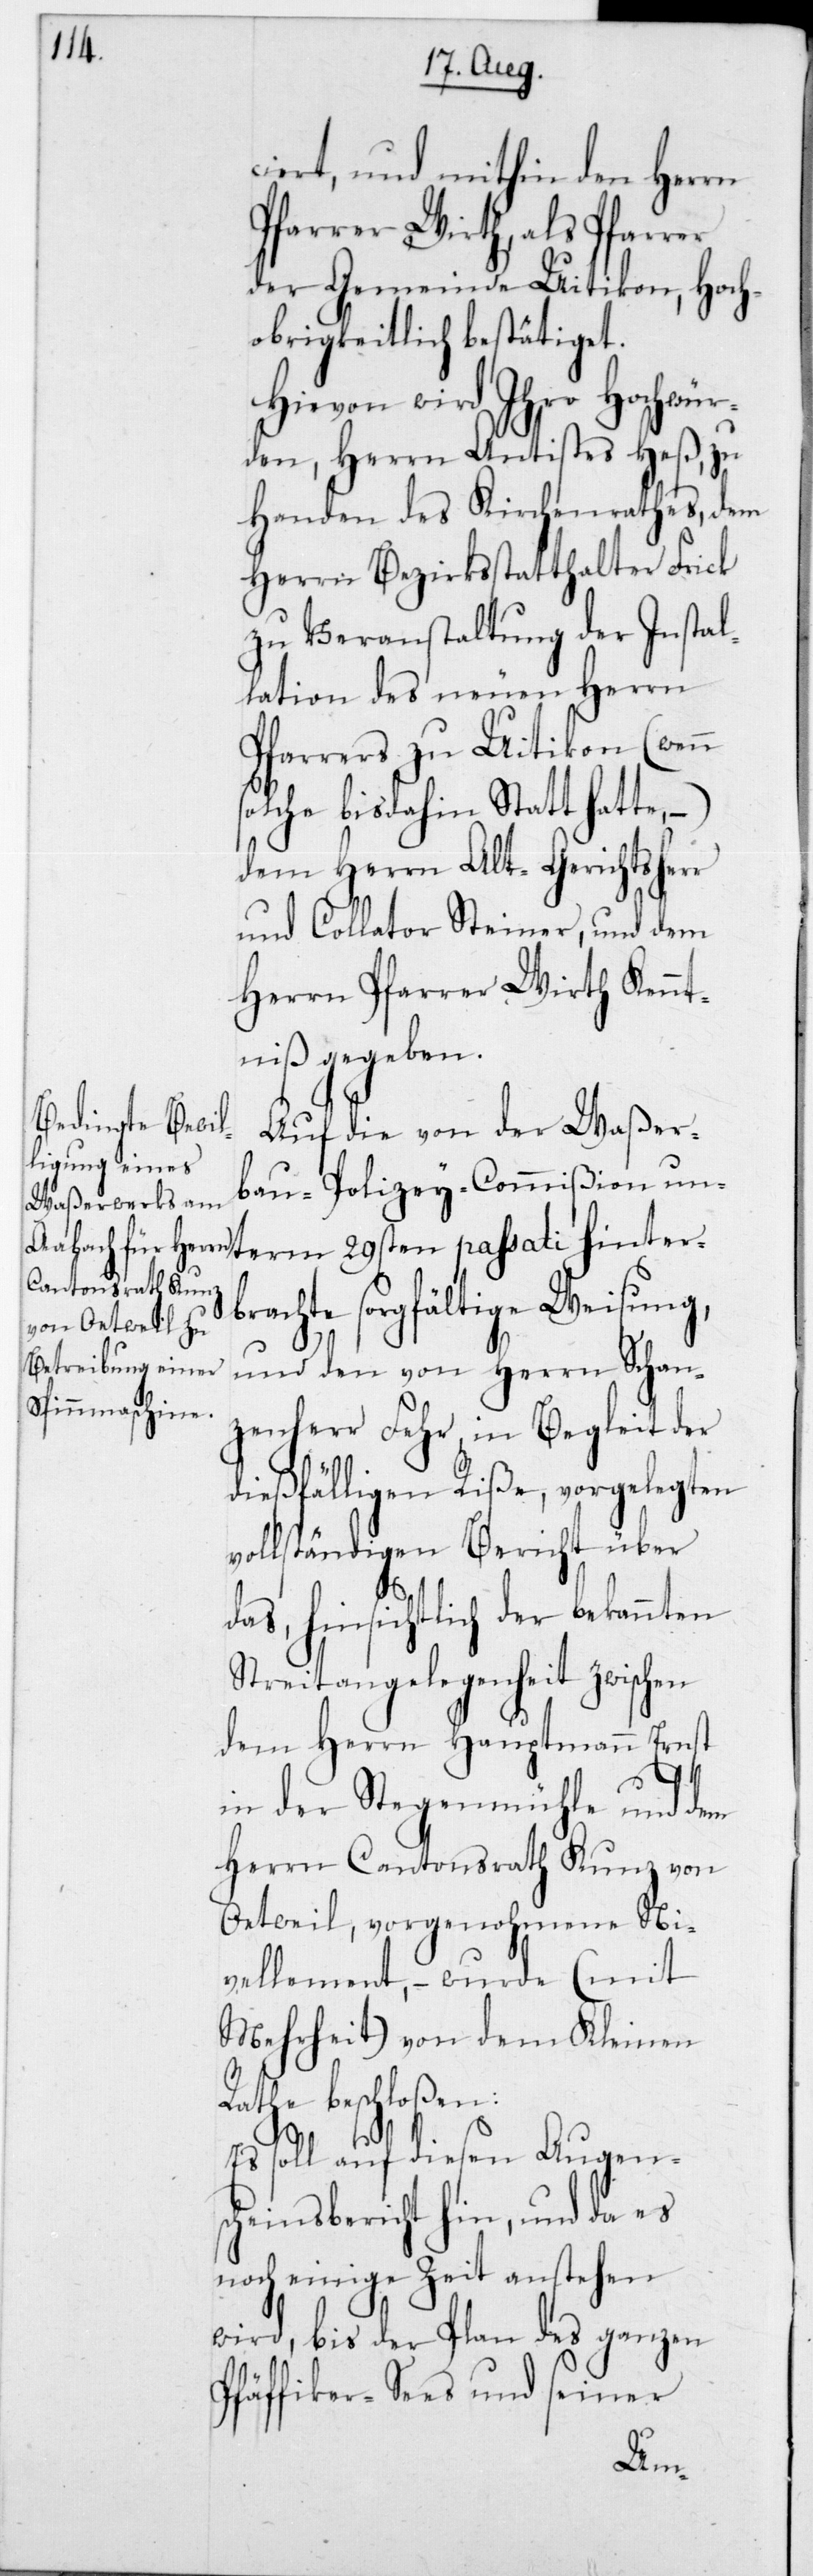
ciert, und mithin den Herrn
Pfarrer Wirth, als Pfarrer
der Gemeinde Uitikon, Hoch¬
obrigkeitlich bestätiget.
Hievon wird Ihro Hochwür¬
den, Herrn Antistes Heß, zu
Handen des Kirchenrathes, dem
Herrn Bezirksstatthalter Frick
zu Veranstaltung der Instal¬
lation des neuen Herrn
Pfarrers zu Uitikon (wenn
solche bisdahin statt hatte,
dem Herrn Alt-Gerichtsherr
und Collator Steiner, und dem
Herrn Pfarrer Wirth Kennt¬
niß gegeben.
Auf die von der Waßer¬
bau-Polizey-Commißion un¬
term 29sten passati hinterb¬
rachte sorgfältige Weisung,
und den von Herrn Schan¬
zenherr Fehr in Begleit der
dießfälligen Riße, vorgelegten
vollständigen Bericht über
das, hinsichtlich der bekannten
Streitangelegenheit zwischen
dem Herrn Hauptmann Ernst
in der Stegenmühle und dem
Herrn Cantonsrath Kunz von
Oetweil, vorgenohmene Ni¬
vellement, – wurde (mit
Mehrheit) von dem Kleinen
Rathe beschloßen:
Es soll auf diesen Augens¬
cheinsbericht hin, und da es
noch einige Zeit anstehen
wird, bis der Plan des ganzen
Pfäffiker-Sees und seiner